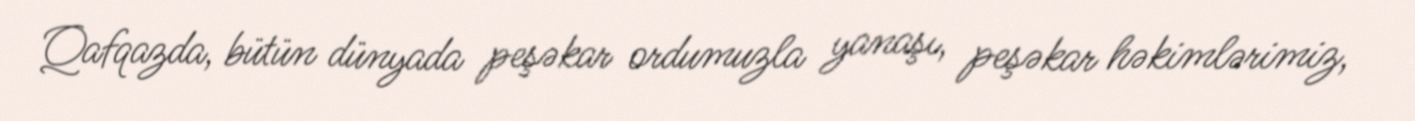
Qafqazda, bütün dünyada peşəkar ordumuzla yanaşı, peşəkar həkimlərimiz,